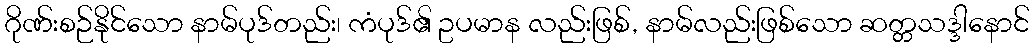
ဂိုဏ်းစဉ်နိုင်သော နာမ်ပုဒ်တည်း၊ ကံပုဒ်၏ ဥပမာန လည်းဖြစ်, နာမ်လည်းဖြစ်သော ဆတ္တသဒ္ဒါနောင်